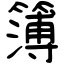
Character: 簿